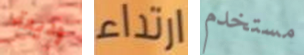
وديعة ارتداء مستخدم